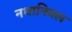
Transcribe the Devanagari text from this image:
नथानियल